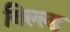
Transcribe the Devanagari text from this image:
बिल्ल्ड